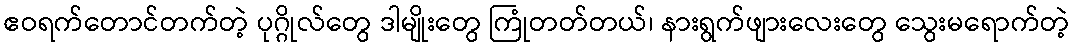
ဧဝရက်တောင်တက်တဲ့ ပုဂ္ဂိုလ်တွေ ဒါမျိုးတွေ ကြုံတတ်တယ်၊ နားရွက်ဖျားလေးတွေ သွေးမရောက်တဲ့